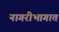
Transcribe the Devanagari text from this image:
नागरीभागात